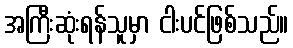
အကြီးဆုံးရန်သူမှာ ငါးပင်ဖြစ်သည်။